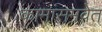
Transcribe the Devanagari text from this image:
कामांसमवेत